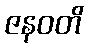
ဇနဝတိ